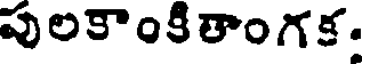
పులకాంకితాంగక.